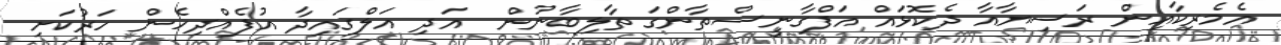
އެމެރިކާއިން ރަސިޔާއާ ދެކޮޅައް އަފްގާނީސްތާންގަ ތާލިބާނުން  އަދި އަލްގައިދާ އުފެއްދިހެން ހަރުކަށި